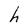
Character: h